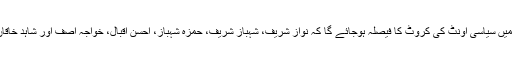
شیخ رشید نے کہا کہ اگلے 90 دنوں میں سیاسی اونٹ کی کروٹ کا فیصلہ ہوجائے گا کہ نواز شریف، شہباز شریف، حمزہ شہباز، احسن اقبال، خواجہ آصف اور شاہد خاقان عباسی کے کیسز کا فیصلہ ہونا ہے۔